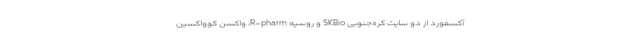
آکسفورد از دو سایت کره‌جنوبی SKBio و روسیه R-pharm، واکسن کوواکسین